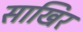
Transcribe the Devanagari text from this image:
साखिर